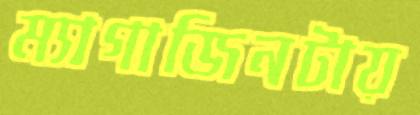
ম্যাগাজিনটায়